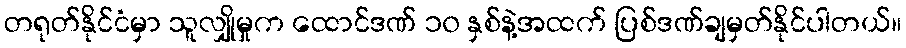
တရုတ်နိုင်ငံမှာ သူလျှိုမှုက ထောင်ဒဏ် ၁၀ နှစ်နဲ့အထက် ပြစ်ဒဏ်ချမှတ်နိုင်ပါတယ်။